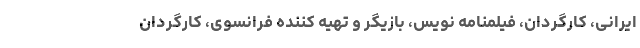
ایرانی، کارگردان، فیلمنامه نویس، بازیگر و تهیه کننده فرانسوی، کارگردان